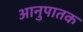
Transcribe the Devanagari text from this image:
आनुपातक